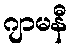
ဂျာမနီ